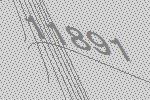
11891